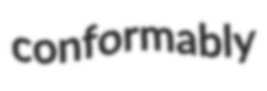
conformably